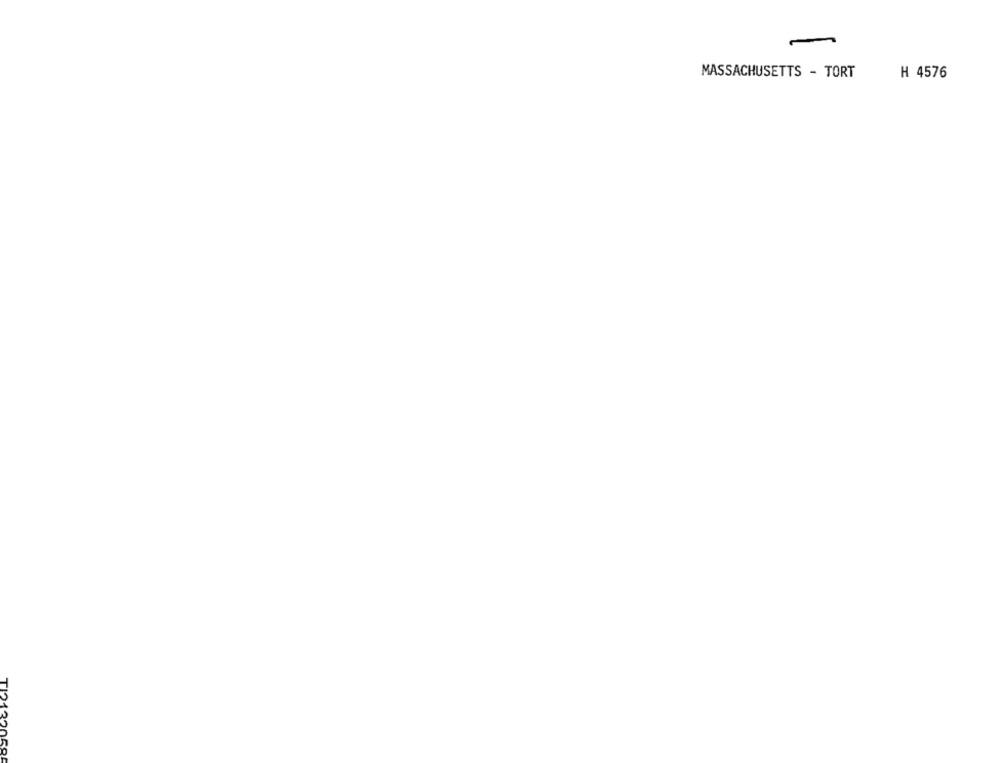
MASSACHUSETTS - TORT
H 4576
T121220